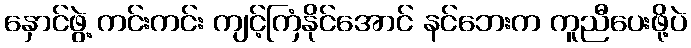
နှောင်ဖွဲ့ ကင်းကင်း ကျင့်ကြံနိုင်အောင် နင်ဘေးက ကူညီပေးဖို့ပဲ